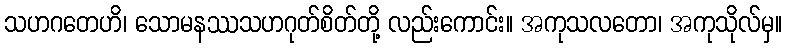
သဟဂတေဟိ၊ သောမနဿသဟဂုတ်စိတ်တို့ လည်းကောင်း။ အကုသလတော၊ အကုသိုလ်မှ။